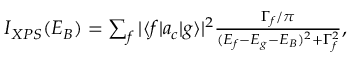
\begin{array} { r } { I _ { X P S } ( E _ { B } ) = \sum _ { f } | \langle f | a _ { c } | g \rangle | ^ { 2 } \frac { \Gamma _ { f } / \pi } { ( E _ { f } - E _ { g } - E _ { B } ) ^ { 2 } + \Gamma _ { f } ^ { 2 } } , } \end{array}